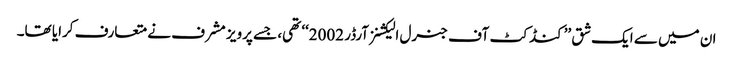
ان میں سے ایک شق ’’کنڈکٹ آف جنرل الیکشنز آرڈر 2002‘‘ تھی، جسے پرویز مشرف نے متعارف کرایا تھا۔